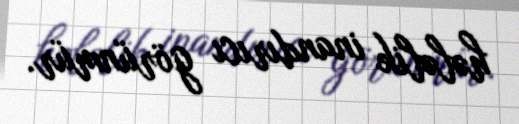
hələlik inandırıcı görünmür.